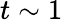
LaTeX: t\sim 1